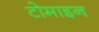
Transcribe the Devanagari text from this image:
टोमाइन